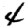
Digit: 4